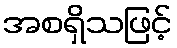
အစရှိသဖြင့်